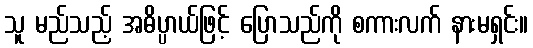
သူ မည်သည့် အဓိပ္ပာယ်ဖြင့် ပြောသည်ကို စကားလက် နားမရှင်း။